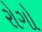
રોગો